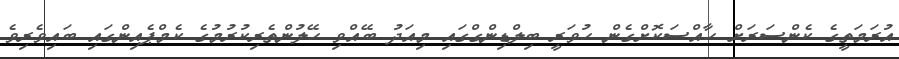
އުރަމަތީގެ ކެންސަރަށް ހާއްސަކޮށްގެން ހުވަރީ ބިލްޑިންގްގައި މިއަދު ބޭއްވި ހޭލުންތެރިކުރުމުގެ ކެމްޕެއިންގައި ބައިވެރިވެ